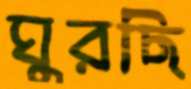
ঘুরছি